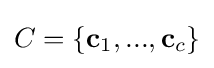
C=\{\mathbf {c} _{1},...,\mathbf {c} _{c}\}